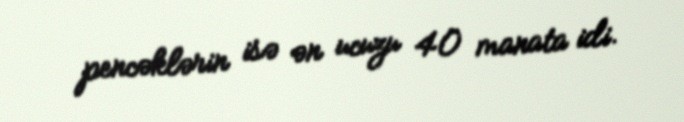
pencəklərin isə ən ucuzu 40 manata idi.